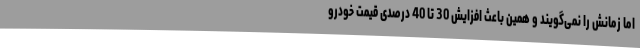
اما زمانش را نمی‌گویند و همین باعث افزایش 30 تا 40 درصدی قیمت خودرو